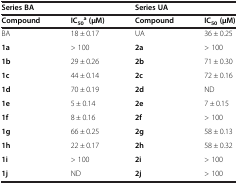
| <COLSPAN=2> Series BA | <COLSPAN=2> Series UA |
 | --- | --- | --- | --- |
 | Compound | IC50 a (μM) | Compound | IC50 (μM) |
 | BA | 18 ± 0.17 | UA | 36 ± 0.25 |
 | 1a | > 100 | 2a | > 100 |
 | 1b | 29 ± 0.26 | 2b | 71 ± 0.30 |
 | 1c | 44 ± 0.14 | 2c | 72 ± 0.16 |
 | 1d | 70 ± 0.19 | 2d | ND |
 | 1e | 5 ± 0.14 | 2e | 7 ± 0.15 |
 | 1f | 8 ± 0.16 | 2f | > 100 |
 | 1g | 66 ± 0.25 | 2g | 58 ± 0.13 |
 | 1h | 22 ± 0.17 | 2h | 58 ± 0.32 |
 | 1i | > 100 | 2i | > 100 |
 | 1j | ND | 2j | > 100 |